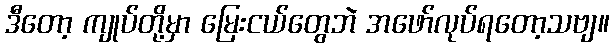
ဒီတော့ ကျုပ်တို့မှာ မြေးငယ်တွေဘဲ အဖော်လုပ်ရတော့သဗျ။